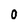
Character: 0